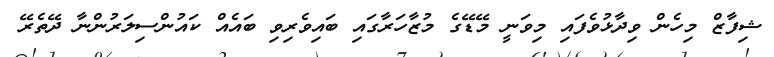
ޝިފާޒް މިހެން ވިދާޅުވެފައި މިވަނީ މޭޑޭގެ މުޒާހަރާގައި ބައިވެރިވި ބައެއް ކައުންސިލަރުންނާ ދޭތެރޭ